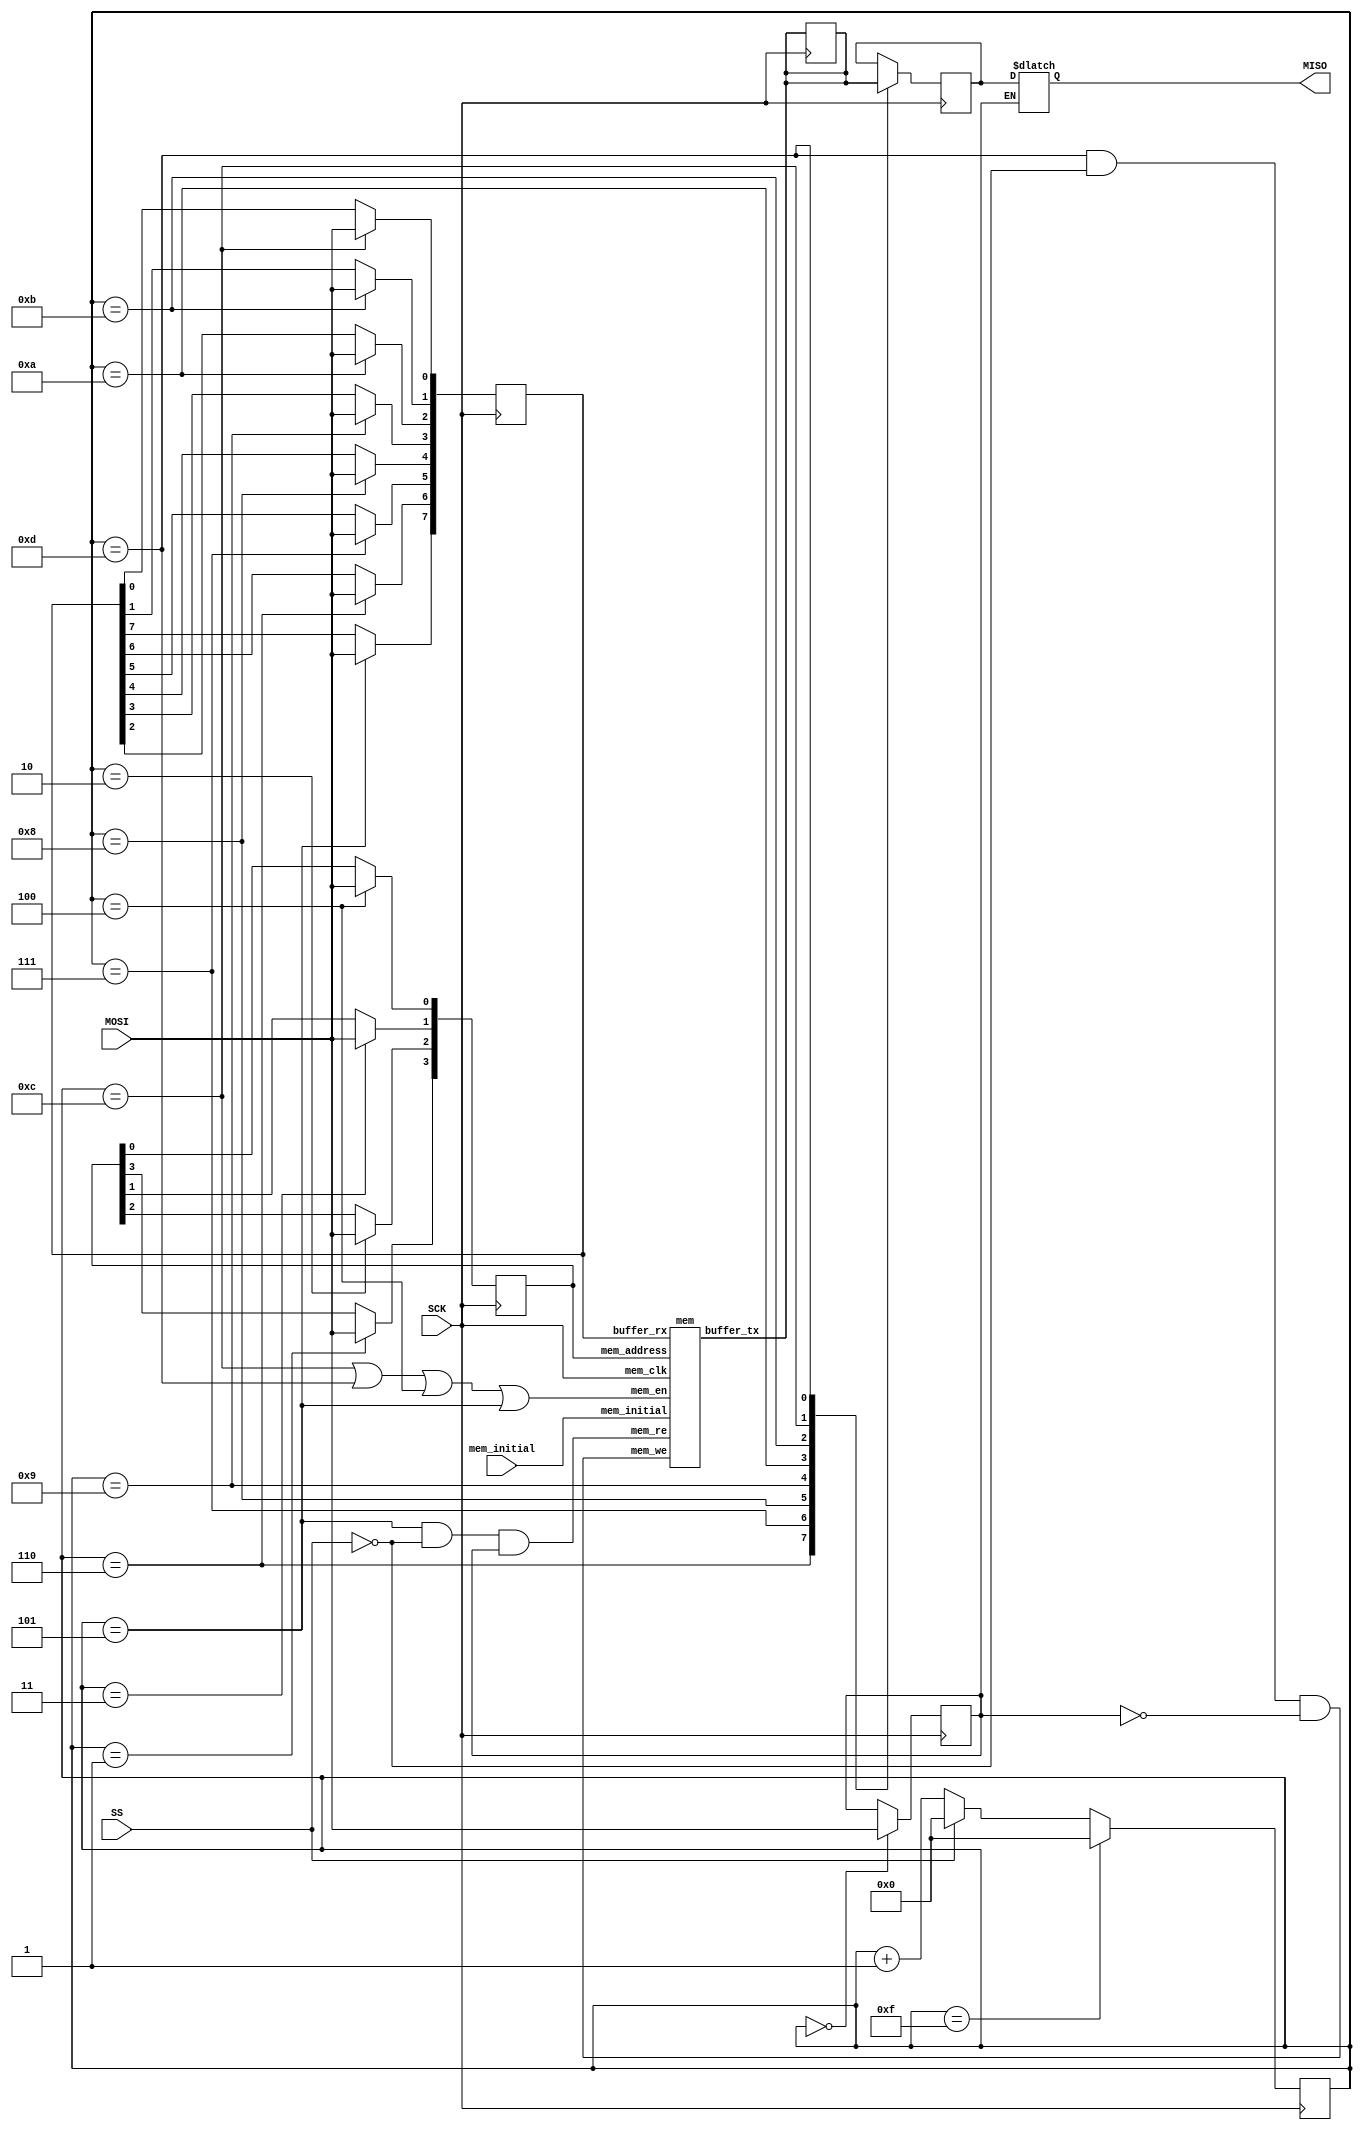
module SPI_slave(
    input               SS,
    input               SCK,
    input               MOSI,
    output    reg       MISO,

    input               mem_initial
);



//write to mem, 8bit in clock;
    reg    [7:0]        slave_buffer_rx;

    wire   [7:0]        slave_buffer_tx_wire;
    reg    [7:0]        slave_buffer_tx;

    always@(*)
    slave_buffer_tx  = slave_buffer_tx_wire;

//write to slave_bufer_rx
    reg                 slave_buffer_mosi;
//read from slave_buffer_tx
    reg                 slave_buffer_miso;

//counter for states
    reg    [3:0]        cnt;

//Read or Write to slave mem definition
// ==1 read
// ==0 write
    wire                RW_define;
    reg                 RW_define_reg;
    assign              RW_define = RW_define_reg;

    wire   [3:0]        address;
    reg    [3:0]        address_reg;
    assign              address = address_reg;

    
//////////////////////////////////////////////////////////////////////

/////////////////
/////////////////////////////////////////
///////////////////////////////////////////////////////////


//mem and mem control signal lines




////////////////////////////////////
/////////////////////////////////////////////////
/////////////////////////////////////////


    //reg   [7:0]        mem [15:0];
    //$readmemh("ex1.mem", ex1_memory);

    
    //
    reg                mem_en_reg;
    wire               mem_en;

    assign               mem_en = (cnt ==4'd12)||(cnt ==4'd13)||(cnt ==4'd4)||((cnt ==4'd5));
    //assign             mem_en = ~SS;
    //assign             mem_en = mem_en_reg;

    wire               mem_we;
    wire               mem_re;





    assign mem_we = (cnt == 4'd13)&(SS == 1'b0)&(RW_define == 1'b0);

    assign mem_re = (cnt == 4'd5 )&(SS == 1'b0)&(RW_define == 1'b1);
    //mem_we= RW_define ? 1'b1 :1'b0;


/////////////////////////////////////////////////
///////////////////////////////
///////////////////////////////////////////////////////////////









mem mem0(

    .mem_clk(SCK),

    .mem_en(mem_en),
    .mem_address(address),

    .buffer_rx(slave_buffer_rx),
    .buffer_tx( slave_buffer_tx_wire),

    .mem_we(mem_we),
    .mem_re(mem_re),
    .mem_initial(mem_initial)
);











    always@(negedge SCK)
    begin
        if(cnt == 4'b1111)
            cnt <= 4'b0000;
        else if(!SS)
            begin
            cnt <= cnt +1'b1;
            end
        else
            cnt <= 4'b0000;

    end

    always@(*)//sensitive list
    begin
        slave_buffer_mosi = MOSI;
        
        if(RW_define ==1)
            begin MISO = slave_buffer_miso; end

    end

    
    always@(posedge SCK)


        case(cnt)
            4'd0: begin RW_define_reg = MOSI;end

            4'd1: begin address_reg[3]   = slave_buffer_mosi;          end
            4'd2: begin address_reg[2]   = slave_buffer_mosi;          end
            4'd3: begin address_reg[1]   = slave_buffer_mosi;          end
            4'd4: begin address_reg[0]   = slave_buffer_mosi;     /*mem_en_reg =1'b1; */     end

            4'd5: begin slave_buffer_rx[7] = slave_buffer_mosi;                         end
            4'd6: begin slave_buffer_rx[6] = slave_buffer_mosi;       slave_buffer_miso = slave_buffer_tx[7];                   end 
            4'd7: begin slave_buffer_rx[5] = slave_buffer_mosi;       slave_buffer_miso = slave_buffer_tx[6];                   end 
            4'd8: begin slave_buffer_rx[4] = slave_buffer_mosi;       slave_buffer_miso = slave_buffer_tx[5];                   end
            4'd9: begin slave_buffer_rx[3] = slave_buffer_mosi;       slave_buffer_miso = slave_buffer_tx[4];                   end
            4'd10: begin slave_buffer_rx[2] = slave_buffer_mosi;      slave_buffer_miso = slave_buffer_tx[3];                   end  
            4'd11: begin slave_buffer_rx[1] = slave_buffer_mosi;      slave_buffer_miso = slave_buffer_tx[2];                   end
            4'd12: begin slave_buffer_rx[0] = slave_buffer_mosi;      slave_buffer_miso = slave_buffer_tx[1];                   end

            4'd13: begin        /*mem_en_reg =1'b1;   */                  slave_buffer_miso = slave_buffer_tx[0];                   end






            default: begin  RW_define_reg = RW_define_reg; address_reg = address_reg; slave_buffer_rx = slave_buffer_rx;slave_buffer_tx = slave_buffer_tx; mem_en_reg = 1'b0; end
        endcase

  /*  
  always@(negedge SCK)

        case(cnt)
//working

            4'd1: begin address_reg[3]   = slave_buffer_mosi;          mem_en_reg =1'b1;end
            4'd2: begin address_reg[2]   = slave_buffer_mosi;          slave_buffer_miso = slave_buffer_tx[7];                  end
            4'd3: begin address_reg[1]   = slave_buffer_mosi;          slave_buffer_miso = slave_buffer_tx[6];                  end
            4'd4: begin address_reg[0]   = slave_buffer_mosi;          slave_buffer_miso = slave_buffer_tx[5];                  end
        
            4'd5: begin slave_buffer_rx[7] = slave_buffer_mosi;        slave_buffer_miso = slave_buffer_tx[4];                  end
            4'd6: begin slave_buffer_rx[6] = slave_buffer_mosi;        slave_buffer_miso = slave_buffer_tx[3];                  end 
            4'd7: begin slave_buffer_rx[5] = slave_buffer_mosi;        slave_buffer_miso = slave_buffer_tx[2];                  end 
            4'd8: begin slave_buffer_rx[4] = slave_buffer_mosi;        slave_buffer_miso = slave_buffer_tx[1];                  end
            4'd9: begin slave_buffer_rx[3] = slave_buffer_mosi;        slave_buffer_miso = slave_buffer_tx[0];                  end
            4'd10: begin slave_buffer_rx[2] = slave_buffer_mosi;                                                                end  
            4'd11: begin slave_buffer_rx[1] = slave_buffer_mosi;                         end
            4'd12: begin slave_buffer_rx[0] = slave_buffer_mosi;                         end

            4'd13: begin mem_en_reg <=1'b1;  end

//working




            default: begin  RW_define_reg = RW_define_reg; address_reg = address_reg; slave_buffer_rx = slave_buffer_rx;slave_buffer_tx = slave_buffer_tx; mem_en_reg = 1'b0; end
        endcase


*/




endmodule



module mem (
    input    mem_clk,

    input    mem_en,
    input    [3:0] mem_address,
    
    output  reg [7:0] buffer_tx,
    input    [7:0] buffer_rx,

    input    mem_we,
    input    mem_re,
    input    mem_initial
);
reg [7:0]  mem [15:0];

wire [7:0]      mem_view_binary_F;
assign          mem_view_binary_F = mem[15];  


wire [7:0]      mem_view_binary_D;
assign          mem_view_binary_D = mem[13];


wire [7:0]      mem_view_binary_A;
assign          mem_view_binary_A = mem[10];  


//
    always@(posedge mem_clk)// or mem_initial
    begin


/*
        if(mem_initial)
            begin
                mem[15]<=8'h00;
                mem[14]<=8'h00;
                mem[13]<=8'h00;
                mem[12]<=8'h00;
                mem[11]<=8'h00;
                mem[10]<=8'h00;
                mem[9]<=8'h00;
                mem[8]<=8'h00;
                mem[7]<=8'h00;
                mem[6]<=8'h00;
                mem[5]<=8'h00;
                mem[4]<=8'h00;
                mem[3]<=8'h00;
                mem[2]<=8'h00;
                mem[1]<=8'h00;
                mem[0]<=8'h00;

                buffer_tx <= 8'h11;

                 
            end

        else if(~mem_initial)

                          
            
            if(mem_we)
                begin
                 mem[mem_address] <= buffer_rx;
                 
                end
            else if(mem_re)
                buffer_tx <= mem[mem_address];
            
            else
            begin
                mem[15]<=mem[15];
                mem[14]<=mem[14];
                mem[13]<=mem[13];
                mem[12]<=mem[12];
                mem[11]<=mem[11];
                mem[10]<=mem[10];
                mem[9]<=mem[9];
                mem[8]<=mem[8];
                mem[7]<=mem[7];
                mem[6]<=mem[6];
                mem[5]<=mem[5];
                mem[4]<=mem[4];
                mem[3]<=mem[3];
                mem[2]<=mem[2];
                mem[1]<=mem[1];
                mem[0]<=mem[0];

                buffer_tx <= buffer_tx;
            end

        else


            begin
                mem[15]<=8'h00;
                mem[14]<=8'h00;
                mem[13]<=8'h00;
                mem[12]<=8'h00;
                mem[11]<=8'h00;
                mem[10]<=8'h00;
                mem[9]<=8'h00;
                mem[8]<=8'h00;
                mem[7]<=8'h00;
                mem[6]<=8'h00;
                mem[5]<=8'h00;
                mem[4]<=8'h00;
                mem[3]<=8'h00;
                mem[2]<=8'h00;
                mem[1]<=8'h00;
                mem[0]<=8'h00;

                buffer_tx <= 8'h22;

                 
            end
*/

case (mem_initial)
    1'b1:
    begin
                mem[15]<=8'h00;
                mem[14]<=8'h00;
                mem[13]<=8'h00;
                mem[12]<=8'h00;
                mem[11]<=8'h00;
                mem[10]<=8'h00;
                mem[9]<=8'h00;
                mem[8]<=8'h00;
                mem[7]<=8'h00;
                mem[6]<=8'h00;
                mem[5]<=8'h00;
                mem[4]<=8'h00;
                mem[3]<=8'h00;
                mem[2]<=8'h00;
                mem[1]<=8'h00;
                mem[0]<=8'h00;

                buffer_tx <= 8'h11;

                 
            end

        1'b0:
        begin 
            if(mem_we)
                begin
                 mem[mem_address] <= buffer_rx;
                 
                end
            else if(mem_re)
                buffer_tx <= mem[mem_address];
            
            else
            begin
                mem[15]<=mem[15];
                mem[14]<=mem[14];
                mem[13]<=mem[13];
                mem[12]<=mem[12];
                mem[11]<=mem[11];
                mem[10]<=mem[10];
                mem[9]<=mem[9];
                mem[8]<=mem[8];
                mem[7]<=mem[7];
                mem[6]<=mem[6];
                mem[5]<=mem[5];
                mem[4]<=mem[4];
                mem[3]<=mem[3];
                mem[2]<=mem[2];
                mem[1]<=mem[1];
                mem[0]<=mem[0];

                buffer_tx <= buffer_tx;
            end

        end

    default: 
            begin
                mem[15]<=8'h00;
                mem[14]<=8'h00;
                mem[13]<=8'h00;
                mem[12]<=8'h00;
                mem[11]<=8'h00;
                mem[10]<=8'h00;
                mem[9]<=8'h00;
                mem[8]<=8'h00;
                mem[7]<=8'h00;
                mem[6]<=8'h00;
                mem[5]<=8'h00;
                mem[4]<=8'h00;
                mem[3]<=8'h00;
                mem[2]<=8'h00;
                mem[1]<=8'h00;
                mem[0]<=8'h00;

                buffer_tx <= 8'h22;

                 
            end
endcase

        
    end
//






    
endmodule